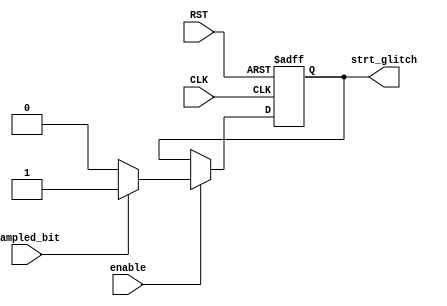
module strt_check (
  input  wire enable      ,
  input  wire sampled_bit ,
  input  wire CLK         ,
  input  wire RST         ,
  output reg strt_glitch
  );
  
always@(posedge CLK or negedge RST)
 begin
  if(!RST)
    strt_glitch <= 'b0 ;
  else if(enable)
    begin
      if(sampled_bit == 'b0)
        strt_glitch <= 'b0  ;
      else
        strt_glitch <= 'b1  ;
    end  
 end   
  
  
endmodule